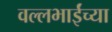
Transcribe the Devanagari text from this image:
वल्लभाईंच्या